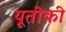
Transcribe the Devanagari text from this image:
यूतोकी